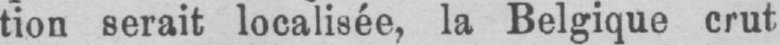
tion serait localisée, la Belgique crut